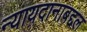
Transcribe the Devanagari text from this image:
न्यायदानाबद्दल